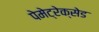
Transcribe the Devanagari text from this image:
पेमेट्रेक्सेड